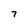
Character: 7